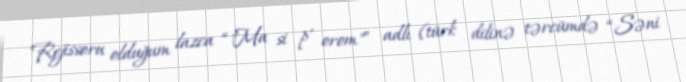
Rejissoru olduğum lazca “"Ma si p' orom"” adlı (türk dilinə tərcümdə “Səni